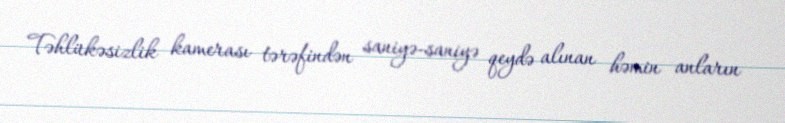
Təhlükəsizlik kamerası tərəfindən saniyə-saniyə qeydə alınan həmin anların